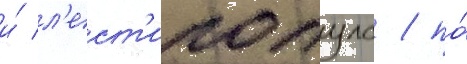
и́ л'ест'ипопуло / по́